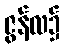
ဇွန်လ၌